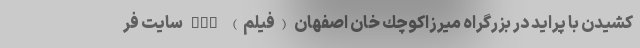
كشيدن با پراید در بزرگراه ميرزاكوچك خان اصفهان (فیلم) nan سایت فر